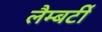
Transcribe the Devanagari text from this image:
लैम्बर्टी